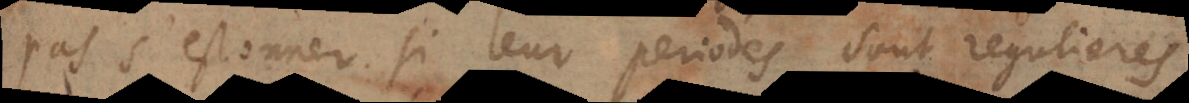
pas s’estonner si leur periodes sont regulieres